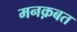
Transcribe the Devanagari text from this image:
मनक़बत